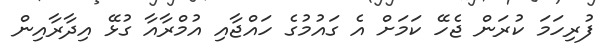
ފުރިހަމަ ކުރަން ޖެހޭ ކަމަށް އެ ގައުމުގެ ހައްޖާއި އުމްރާއާ ގުޅޭ އިދާރާއިން